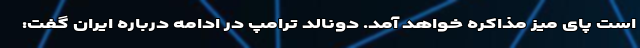
است پای میز مذاکره خواهد آمد. دونالد ترامپ در ادامه درباره ایران گفت: